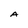
Character: A